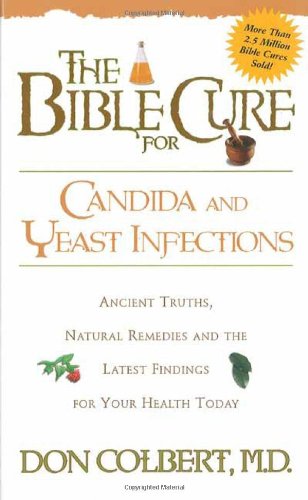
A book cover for The Bible Cure for Candida and Yeast Infections: Ancient Truths, Natural Remedies and the Latest Findings for Your Health Today (New Bible Cure (Siloam)); Don Colbert MD; Health, Fitness & Dieting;